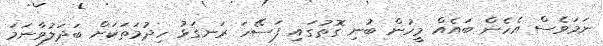
ނަމަވެސް އެހެން ބައެއް މީހުން ބުނި ގޮތުގައި ފަސޭހަ ރަނގަޅު ހިދުމަތަކަށް ބަދަލުވާނަމަ